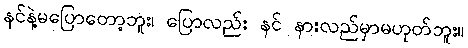
နင်နဲ့မပြောတော့ဘူး၊ ပြောလည်း နင် နားလည်မှာမဟုတ်ဘူး။